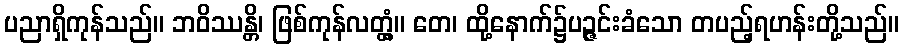
ပညာရှိကုန်သည်။ ဘဝိဿန္တိ၊ ဖြစ်ကုန်လတ္တံ့။ တေ၊ ထို့နောက်၌ပဉ္ဇင်းခံသော တပည့်ရဟန်းတို့သည်။